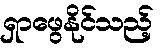
ရှာဖွေနိုင်သည့်